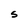
Character: S